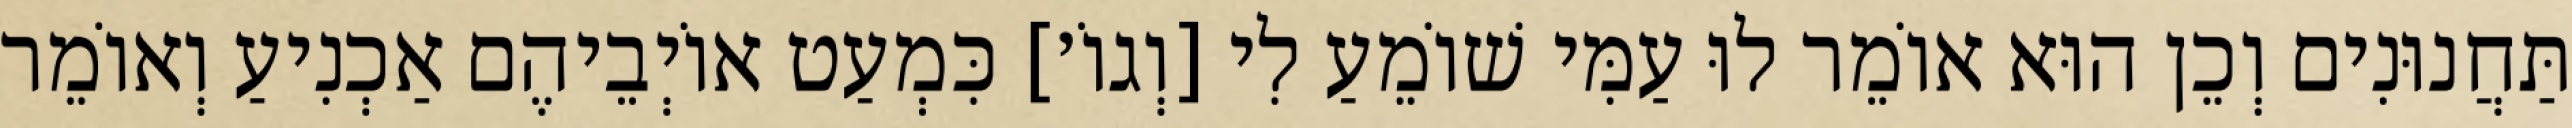
תַּחֲנוּנִים וְכֵן הוּא אוֹמֵר לוּ עַמִּי שׁוֹמֵעַ לִי [וְגוֹ׳] כִּמְעַט אוֹיְבֵיהֶם אַכְנִיעַ וְאוֹמֵר